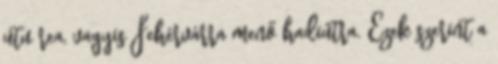
utu rea, vagyis Fehérvárra menő hadiútra. Ezek szerint a